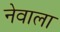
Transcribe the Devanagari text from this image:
नेवाला